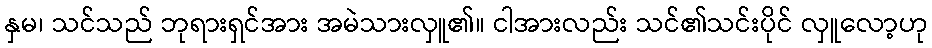
နှမ၊ သင်သည် ဘုရားရှင်အား အမဲသားလှူ၏။ ငါအားလည်း သင်၏သင်းပိုင် လှူလော့ဟု